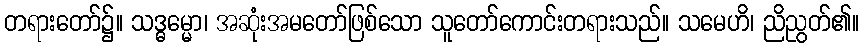
တရားတော်၌။ သဒ္ဓမ္မော၊ အဆုံးအမတော်ဖြစ်သော သူတော်ကောင်းတရားသည်။ သမေဟိ၊ ညိညွတ်၏။